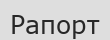
Рапорт